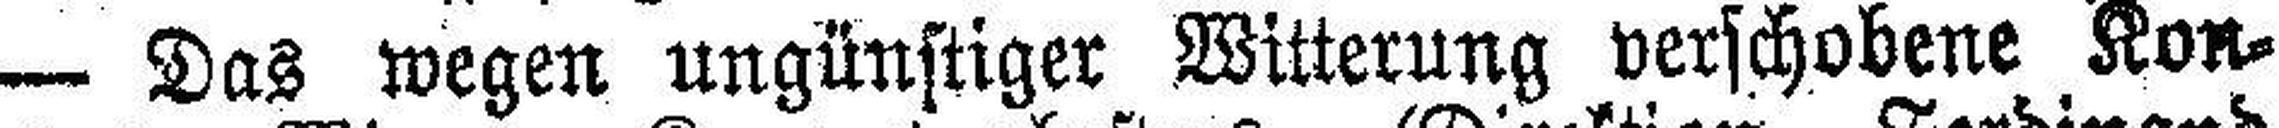
— Das wegen ungünstiger Witterung verschobene Kon¬